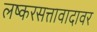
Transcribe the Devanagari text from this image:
लष्करसत्तावादावर